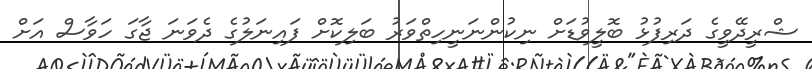
ޝްރީދޭވީގެ ދަރިފުޅު ބޮލީވުޑަށް ނިކުންނަނީހިތްވަރު ބަލިކޮށް ފައިނަލުގެ ދެވަނަ ޖާގަ ހަވާސް އަށް